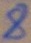
Text: 8